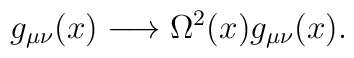
g_{\mu \nu }(x)\longrightarrow \Omega ^{2}(x)g_{\mu \nu }(x).